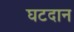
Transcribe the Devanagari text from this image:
घटदान